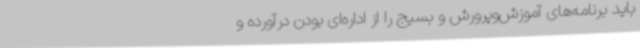
باید برنامه‌های آموزش‌وپرورش و بسیج را از اداره‌ای بودن درآورده و